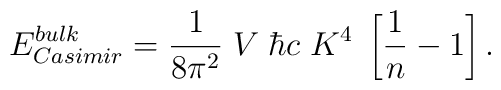
E^{\small bulk}_{\small Casimir} = {1\over8\pi^2} \; V \; \hbar c \; K^4 \;\left[{1\over n} - 1 \right].